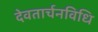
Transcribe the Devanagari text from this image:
देवतार्चनविधि